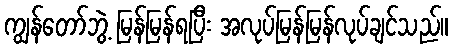
ကျွန်တော်ဘွဲ့ မြန်မြန်ရပြီး အလုပ်မြန်မြန်လုပ်ချင်သည်။